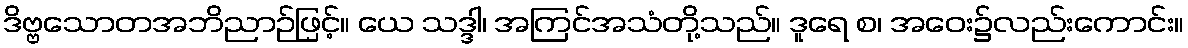
ဒိဗ္ဗသောတအဘိညာဉ်ဖြင့်။ ယေ သဒ္ဒါ၊ အကြင်အသံတို့သည်။ ဒူရေ စ၊ အဝေး၌လည်းကောင်း။